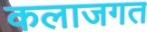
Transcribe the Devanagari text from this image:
कलाजगत